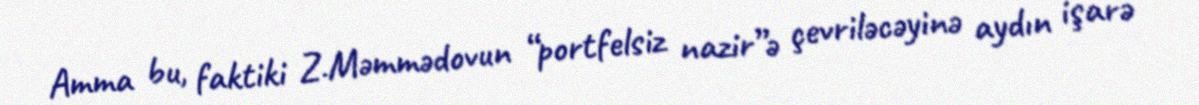
Amma bu, faktiki Z.Məmmədovun “portfelsiz nazir”ə çevriləcəyinə aydın işarə